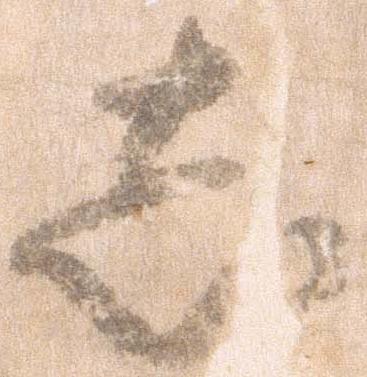
し